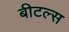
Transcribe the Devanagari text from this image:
बीटल्‍स